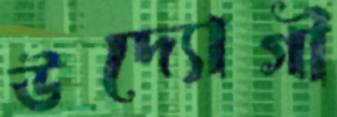
উদ্যোগী